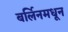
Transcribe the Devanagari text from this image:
बर्लिनमधून